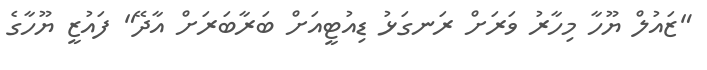
"ޒައުލް ޔޫހާ މިހާރު ވަރަށް ރަނގަޅު ޑިއުޓީއަށް ބަރާބަރަށް އާދޭ" ފައުޒީ ޔޫހާގެ